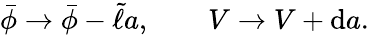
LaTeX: \begin{array}{r}{\bar{\phi}\to\bar{\phi}-\tilde{\ell}a,\qquad V\to V+\mathrm{d}a.}\end{array}